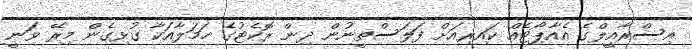
އިސްރާއީލްގެ އެއާޕޯޓެއް ކައިރިއަށް ފަލަސްތީނުން ދިން ރޮކެޓުގެ ހަމަލާއަކާ ގުޅިގެން މިރޭ ވަނީ